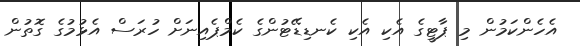
އެހެންކަމުން މި ޕާޓީގެ އެކި އެކި ކެނޑިޑޭޓުންގެ ކެމްޕެއިނަށް ހުރަސް އެޅުމުގެ ގޮތުން